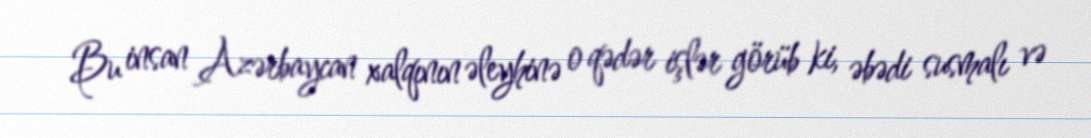
Bu insan Azərbaycan xalqının əleyhinə o qədər işlər görüb ki, əbədi susmalı və